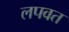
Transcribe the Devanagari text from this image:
लपवत